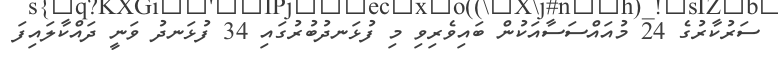
ސަރުކާރުގެ 24 މުއައްސަސާއަކުން ބައިވެރިވި މި ފުޅަނދުބުރުގައި 34 ފުޅަނދު ވަނީ ދައްކާލައިފަ